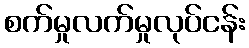
စက်မှုလက်မှုလုပ်ငန်း